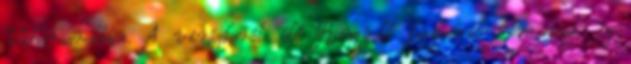
Viharsarokban. A virágkorát élő Rongyoló fesztivál nem csak az